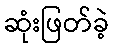
ဆုံးဖြတ်ခဲ့